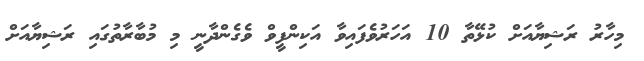
މިހާރު ރަޝިޔާއަށް ކުޅޭތާ 10 އަހަރުވެފައިވާ އަކިންފީވް ވެގެންދާނީ މި މުބާރާތުގައި ރަޝިޔާއަށް